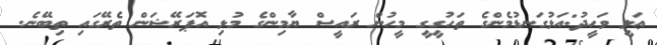
ޢަލީ ވަހީދު:އަޅުގަނޑުމެންގެ ތަހުގީގީ މީހުން ރައީސް ޔާމިންގެ މުޅި އޮޕަރޭޝަން ތެރޭގައި ތިބޭނެ.